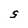
Character: S